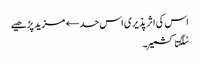
اس کی اثر پذیری اس حد← مزید پڑھیے
سُلگتا کشمیر۔